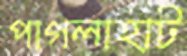
পাগলাহাট